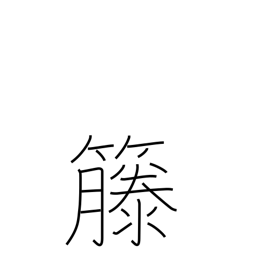
Meaning: rattan